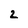
Character: 2